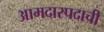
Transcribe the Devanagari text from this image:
आमदारपदाची